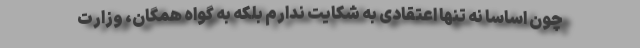
چون اساسا نه تنها اعتقادی به شکایت ندارم بلکه به گواه همگان، وزارت